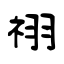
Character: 祤